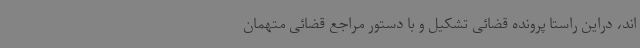
اند، دراین راستا پرونده قضائی تشکیل و با دستور مراجع قضائی متهمان